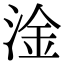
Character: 淦